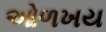
ઓળખય